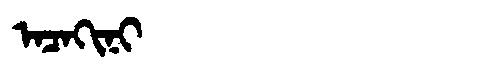
Manchu: ᠠᠴᠠᡴᡳᠨᡳ
Romanization: ACAKINI